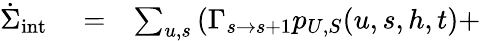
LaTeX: \begin{array}{rlr}{\dot{\Sigma}_{\mathrm{int}}}&{{}=}&{\sum_{u,s}\left(\Gamma_{s\to s+1}p_{U,S}(u,s,h,t)+\right.}\end{array}